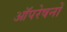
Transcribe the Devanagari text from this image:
आॅपरेषनों